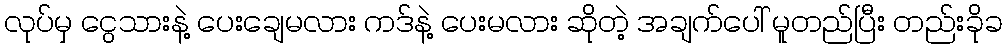
လုပ်မှ ငွေသားနဲ့ ပေးချေမလား ကဒ်နဲ့ ပေးမလား ဆိုတဲ့ အချက်ပေါ် မူတည်ပြီး တည်းခိုခ